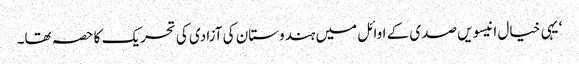
‘ یہی خیال انیسویں صدی کے اوائل میں ہندوستان کی آزادی کی تحریک کا حصہ تھا۔